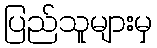
ပြည်သူများမှ